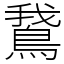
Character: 鵞